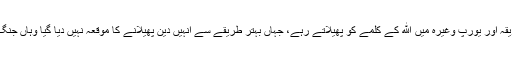
چوده صدى تک مسلمان پورے مشرق وسطى، شمال افریقہ اور یورپ وغیره میں الله کے کلمے کو پھیلاتے رہے، جہاں بہتر طریقے سے انہیں دین پھیلانے کا موقعہ نہیں دیا گیا وہاں جنگ کرنے پر مجبور ہوئے اور یہى ہمارى ذمہ دارى ہے۔